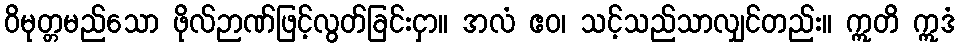
ဝိမုတ္တမည်သော ဖိုလ်ဉာဏ်ဖြင့်လွတ်ခြင်းငှာ။ အလံ ဧဝ၊ သင့်သည်သာလျှင်တည်း။ ဣတိ ဣဒံ